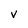
Character: v